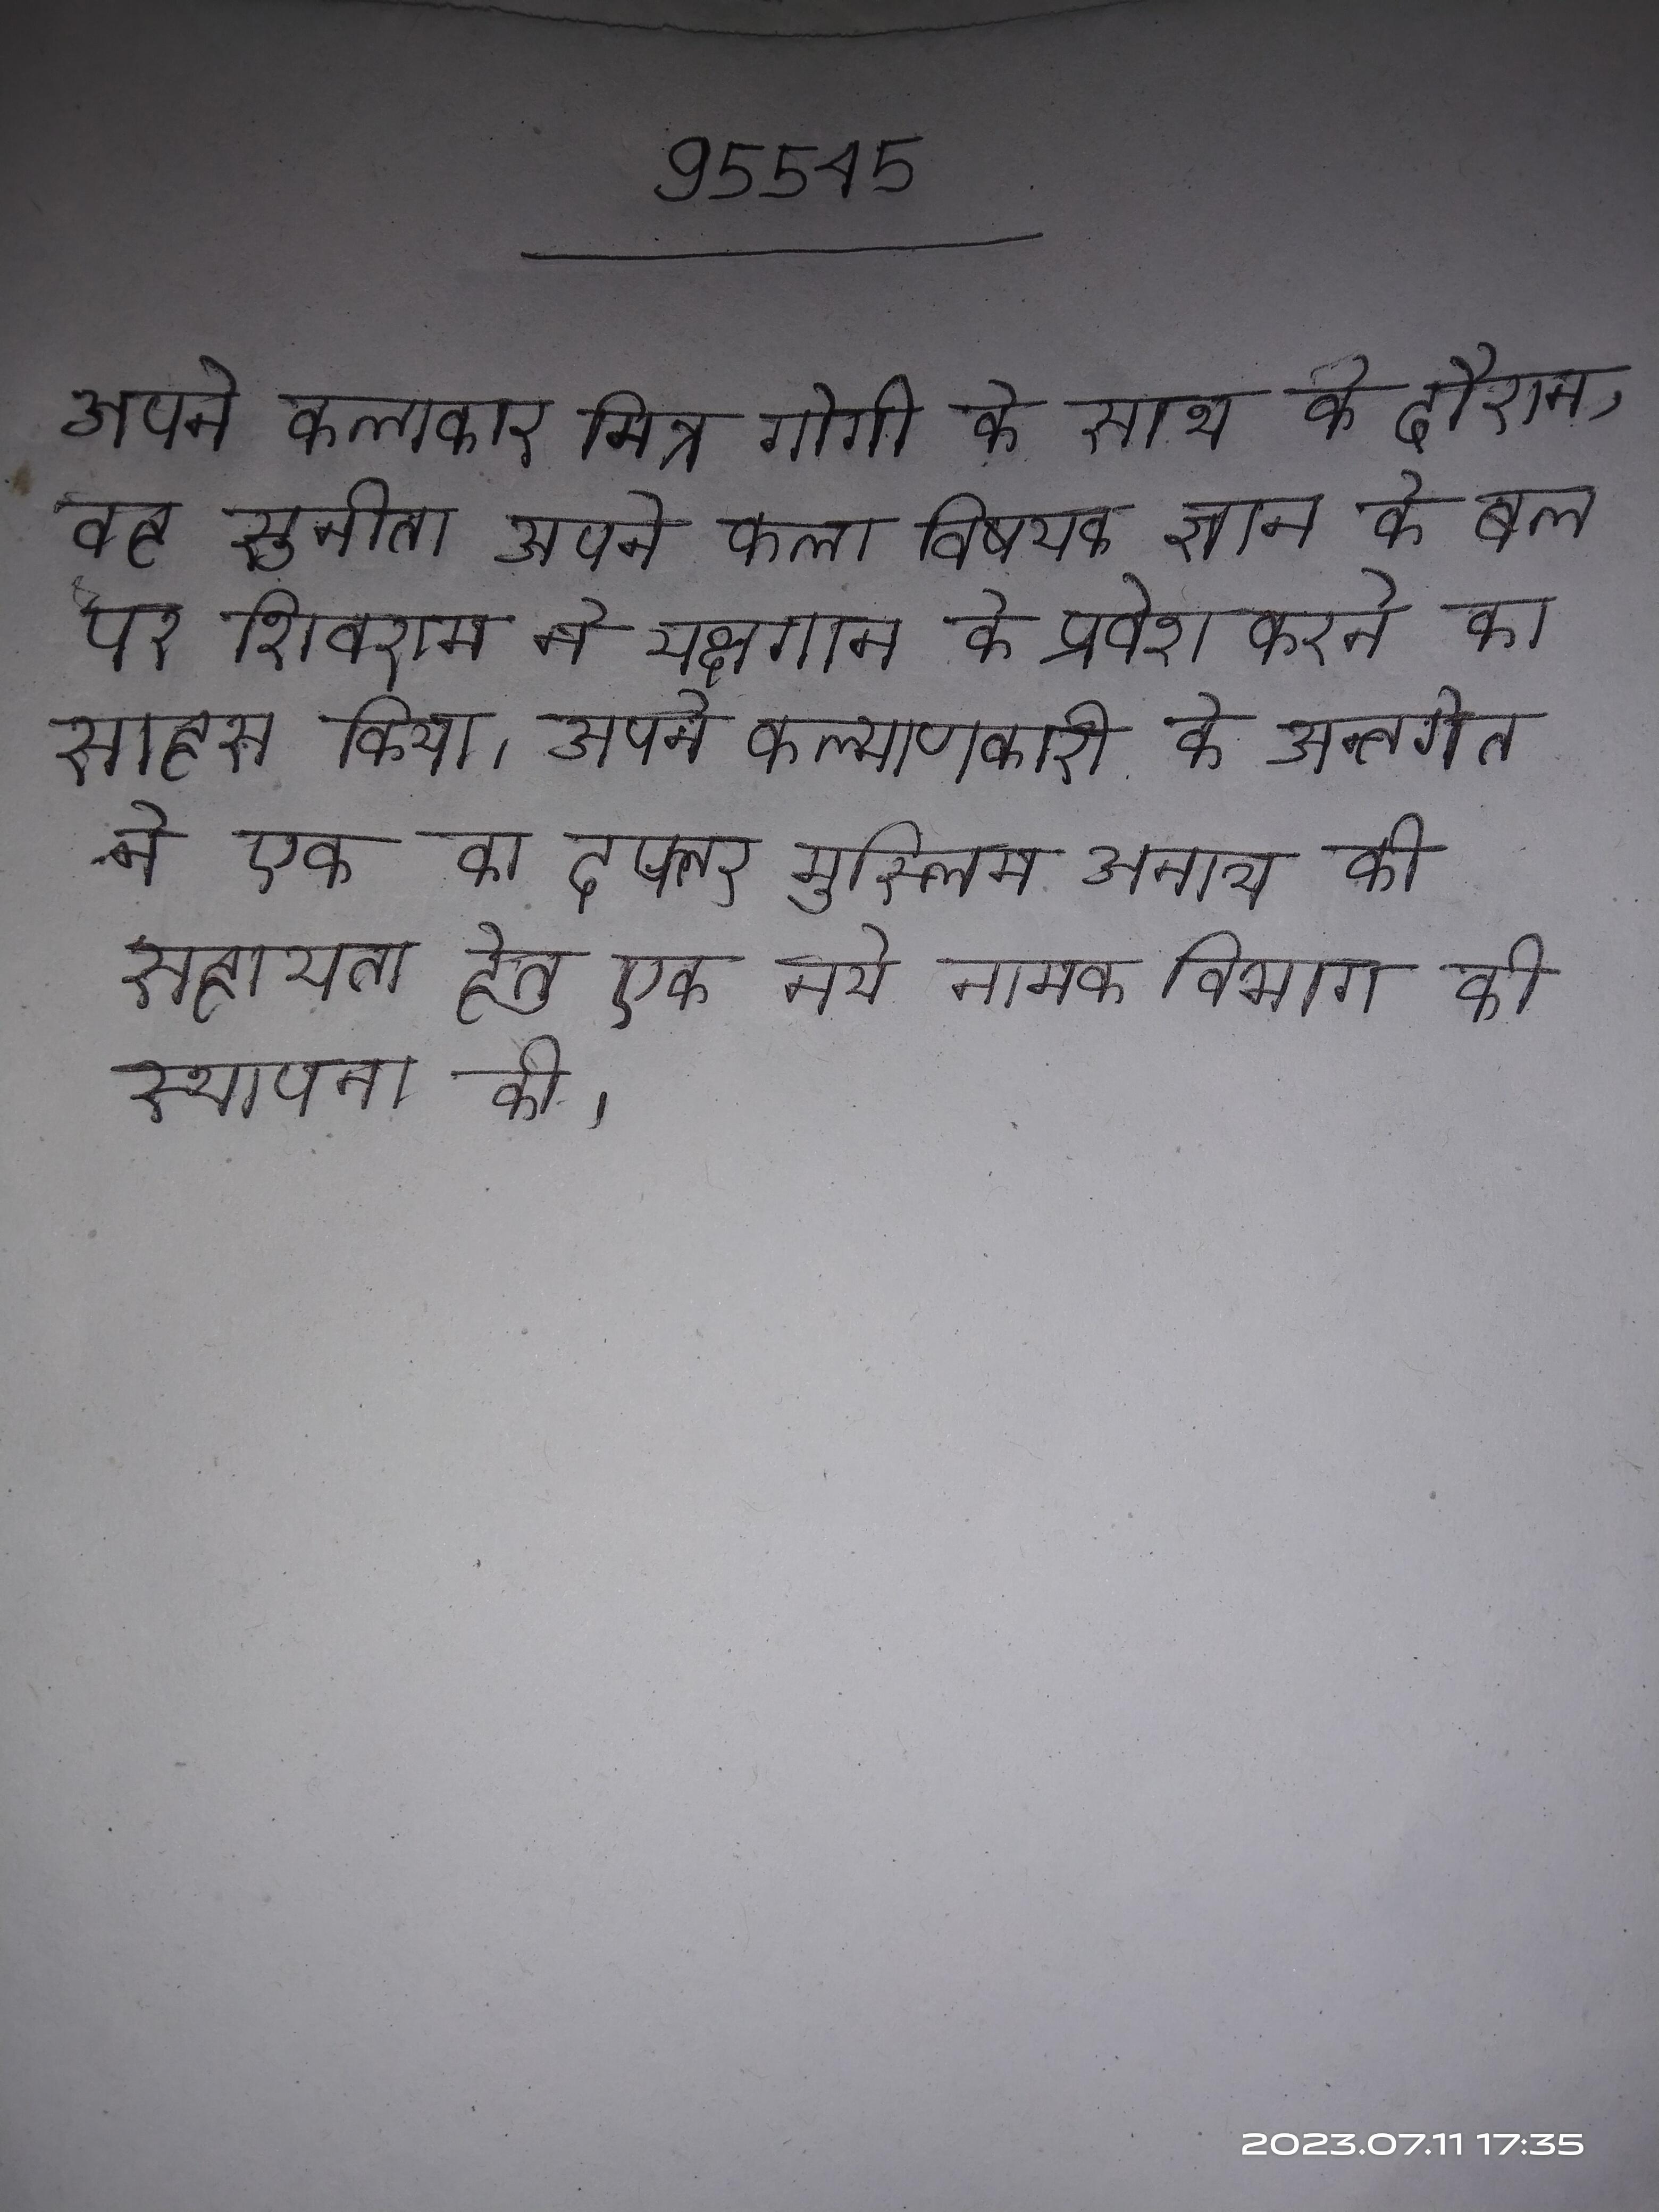
अपने कलाकार मित्र गोगी के साथ के दौरान, वह सुनीता अपने कला विषयक ज्ञान के बल पर शिवराम ने यक्षगान के प्रवेश करने का साहस किया । अपने कल्याणकारी के अन्तर्गत ने एक का दफ्तर मुस्लिम अनाथ की सहायता हेतु एक नये नामक विभाग की स्थापना की ।